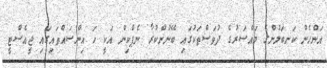
އަންހެން ކަނބަލުންގެ މައްސަރުގެ ދުވަސްތަކުގައި ބޭނުންކުރާ ނެޕްކިން އަކީ ހަ އިންސައްތައިގައި ޖީއެސްޓީ